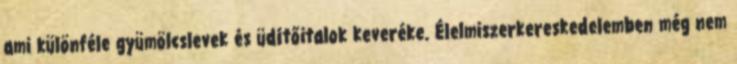
ami különféle gyümölcslevek és üdítőitalok keveréke. Élelmiszerkereskedelemben még nem